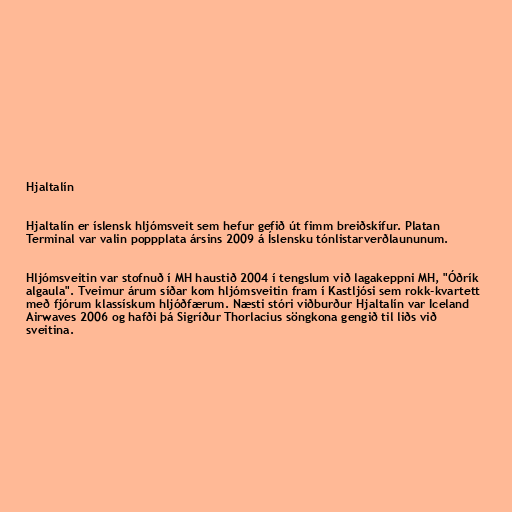
Hjaltalín

Hjaltalín er íslensk hljómsveit sem hefur gefið út fimm breiðskífur. Platan
Terminal var valin poppplata ársins 2009 á Íslensku tónlistarverðlaununum.

Hljómsveitin var stofnuð í MH haustið 2004 í tengslum við lagakeppni MH, "Óðrík
algaula". Tveimur árum síðar kom hljómsveitin fram í Kastljósi sem rokk-kvartett
með fjórum klassískum hljóðfærum. Næsti stóri viðburður Hjaltalín var Iceland
Airwaves 2006 og hafði þá Sigríður Thorlacius söngkona gengið til liðs við
sveitina.